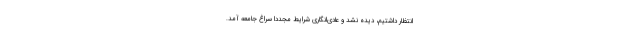
انتظار داشتیم، دیده نشد و عادی‌انگاری شرایط مجددا سراغ جامعه آمد.